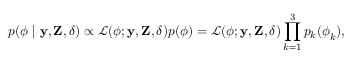
p ( \boldsymbol { \phi } \mid \mathbf { y } , \mathbf { Z } , \boldsymbol { \delta } ) \propto \mathcal { L } ( \boldsymbol { \phi } ; \mathbf { y } , \mathbf { Z } , \boldsymbol { \delta } ) p ( \boldsymbol { \phi } ) = \mathcal { L } ( \boldsymbol { \phi } ; \mathbf { y } , \mathbf { Z } , \boldsymbol { \delta } ) \prod _ { k = 1 } ^ { 3 } p _ { k } ( \boldsymbol { \phi } _ { k } ) ,